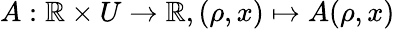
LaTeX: A:\mathbb{R}\times U\rightarrow\mathbb{R},(\rho,x)\mapsto A(\rho,x)